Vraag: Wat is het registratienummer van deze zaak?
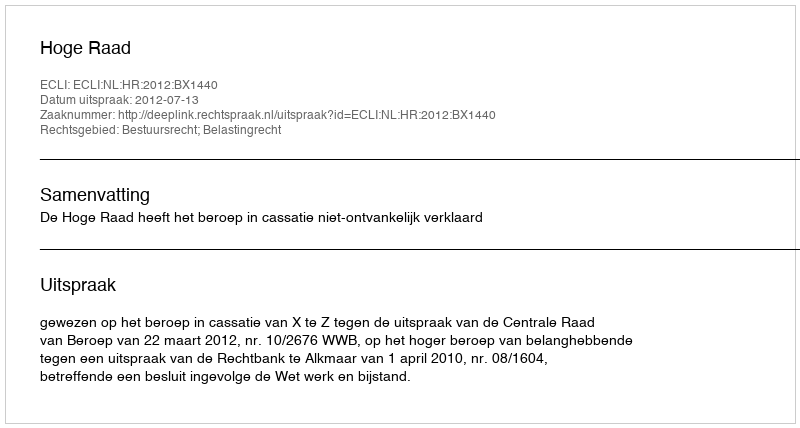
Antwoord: http://deeplink.rechtspraak.nl/uitspraak?id=ECLI:NL:HR:2012:BX1440